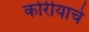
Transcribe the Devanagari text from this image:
कोरीयाचे